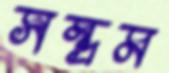
সম্ভ্রম